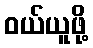
ဝယ်ယူဖို့